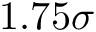
1 . 7 5 \sigma